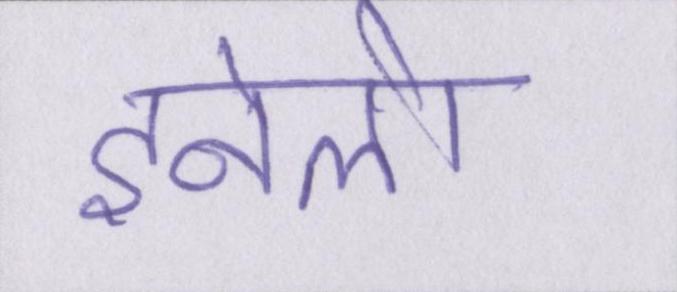
इनेलो